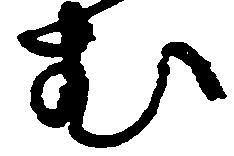
む